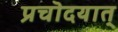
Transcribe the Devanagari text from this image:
प्रचॊदयात्